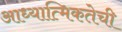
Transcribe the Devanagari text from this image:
आध्यात्मिकतेची